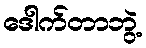
ဒေါက်တာဘွဲ့